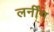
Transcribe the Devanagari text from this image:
लर्नींग